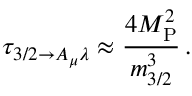
\tau _ { 3 / 2 \rightarrow A _ { \mu } \lambda } \approx \frac { 4 M _ { \mathrm { P } } ^ { 2 } } { m _ { 3 / 2 } ^ { 3 } } \, .